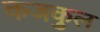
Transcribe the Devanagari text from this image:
कजकुल